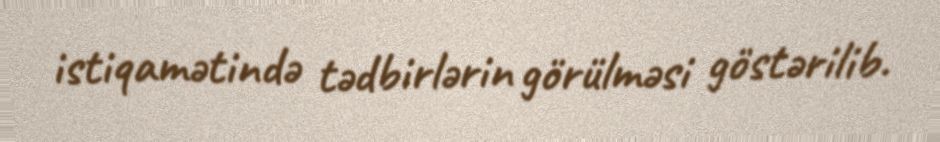
istiqamətində tədbirlərin görülməsi göstərilib.